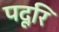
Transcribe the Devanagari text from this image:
पदूरि